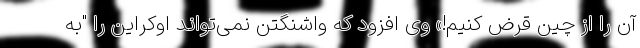
آن را از چین قرض کنیم!» وی افزود که واشنگتن نمی‌تواند اوکراین را "به